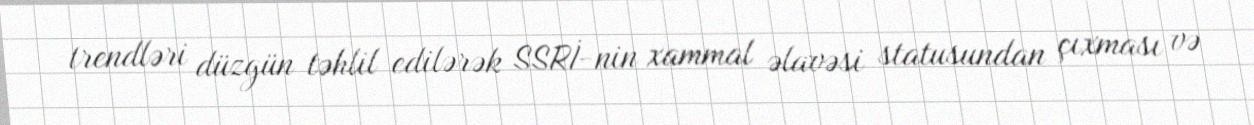
trendləri düzgün təhlil edilərək SSRİ-nin xammal əlavəsi statusundan çıxması və